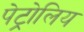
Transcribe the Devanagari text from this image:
पेट्रोलिय